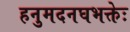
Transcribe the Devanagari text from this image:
हनुमदनघभक्तेः